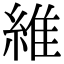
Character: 維